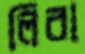
লিবা